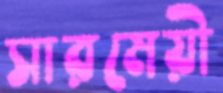
সারমেয়ী